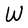
Character: W